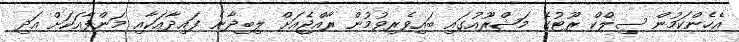
އެހެންކަމުން ސިލްކް ރޫޓުގެ މަޝްރޫއުގައި ބައިވެރިވުމުން ރާއްޖެއަށް ލިބިދާނެ ފައިދާއަކާއި މަންފާއަކަށް އަދި